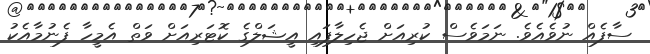
ސާފެއް ނުވެއެވެ. ނަމަވެސް ކުރިއަށް ޖެހިލާފައި އީޝަލްގެ ކޮޓަރިއަށް ވަތް އެމީހާ ފެނުމާއެކު